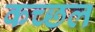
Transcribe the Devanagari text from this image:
कच्छल